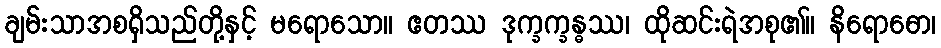
ချမ်းသာအစရှိသည်တို့နှင့် မရောသော။ ဧတဿ ဒုက္ခက္ခန္ဓဿ၊ ထိုဆင်းရဲအစု၏။ နိရောဓော၊